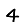
Digit: 4